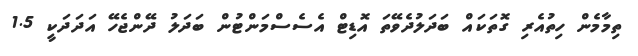
ތިމާމެން ހިތުއެރި ގޮތަކައް ބަދަލުދެވޭތަ އޮޑިޓް އެސެސްމަންޓުން ބަދަލު ދޭންޖެހޭ އަދަދަކީ 1.5